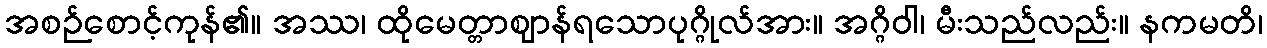
အစဉ်စောင့်ကုန်၏။ အဿ၊ ထိုမေတ္တာဈာန်ရသောပုဂ္ဂိုလ်အား။ အဂ္ဂိဝါ၊ မီးသည်လည်း။ နကမတိ၊